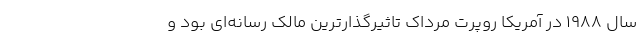
سال ۱۹۸۸ در آمریکا روپرت مُرداک تاثیرگذارترین مالک رسانه‌ای بود و